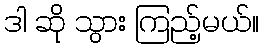
ဒါ ဆို သွား ကြည့်မယ်။